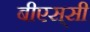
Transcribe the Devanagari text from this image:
बीएस्‌सी